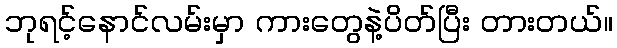
ဘုရင့်နောင်လမ်းမှာ ကားတွေနဲ့ပိတ်ပြီး တားတယ်။